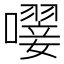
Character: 𡁕